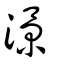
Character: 澋